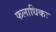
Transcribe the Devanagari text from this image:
फलाधिकः